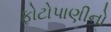
ફોટોપાણીનો